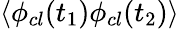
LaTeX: \langle\phi_{cl}(t_{1})\phi_{cl}(t_{2})\rangle